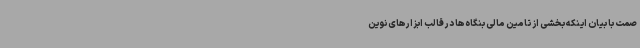
صمت با بیان اینکه بخشی از تامین مالی بنگاه‌ها در قالب‌ ابزارهای نوین